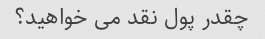
چقدر پول نقد می خواهید؟